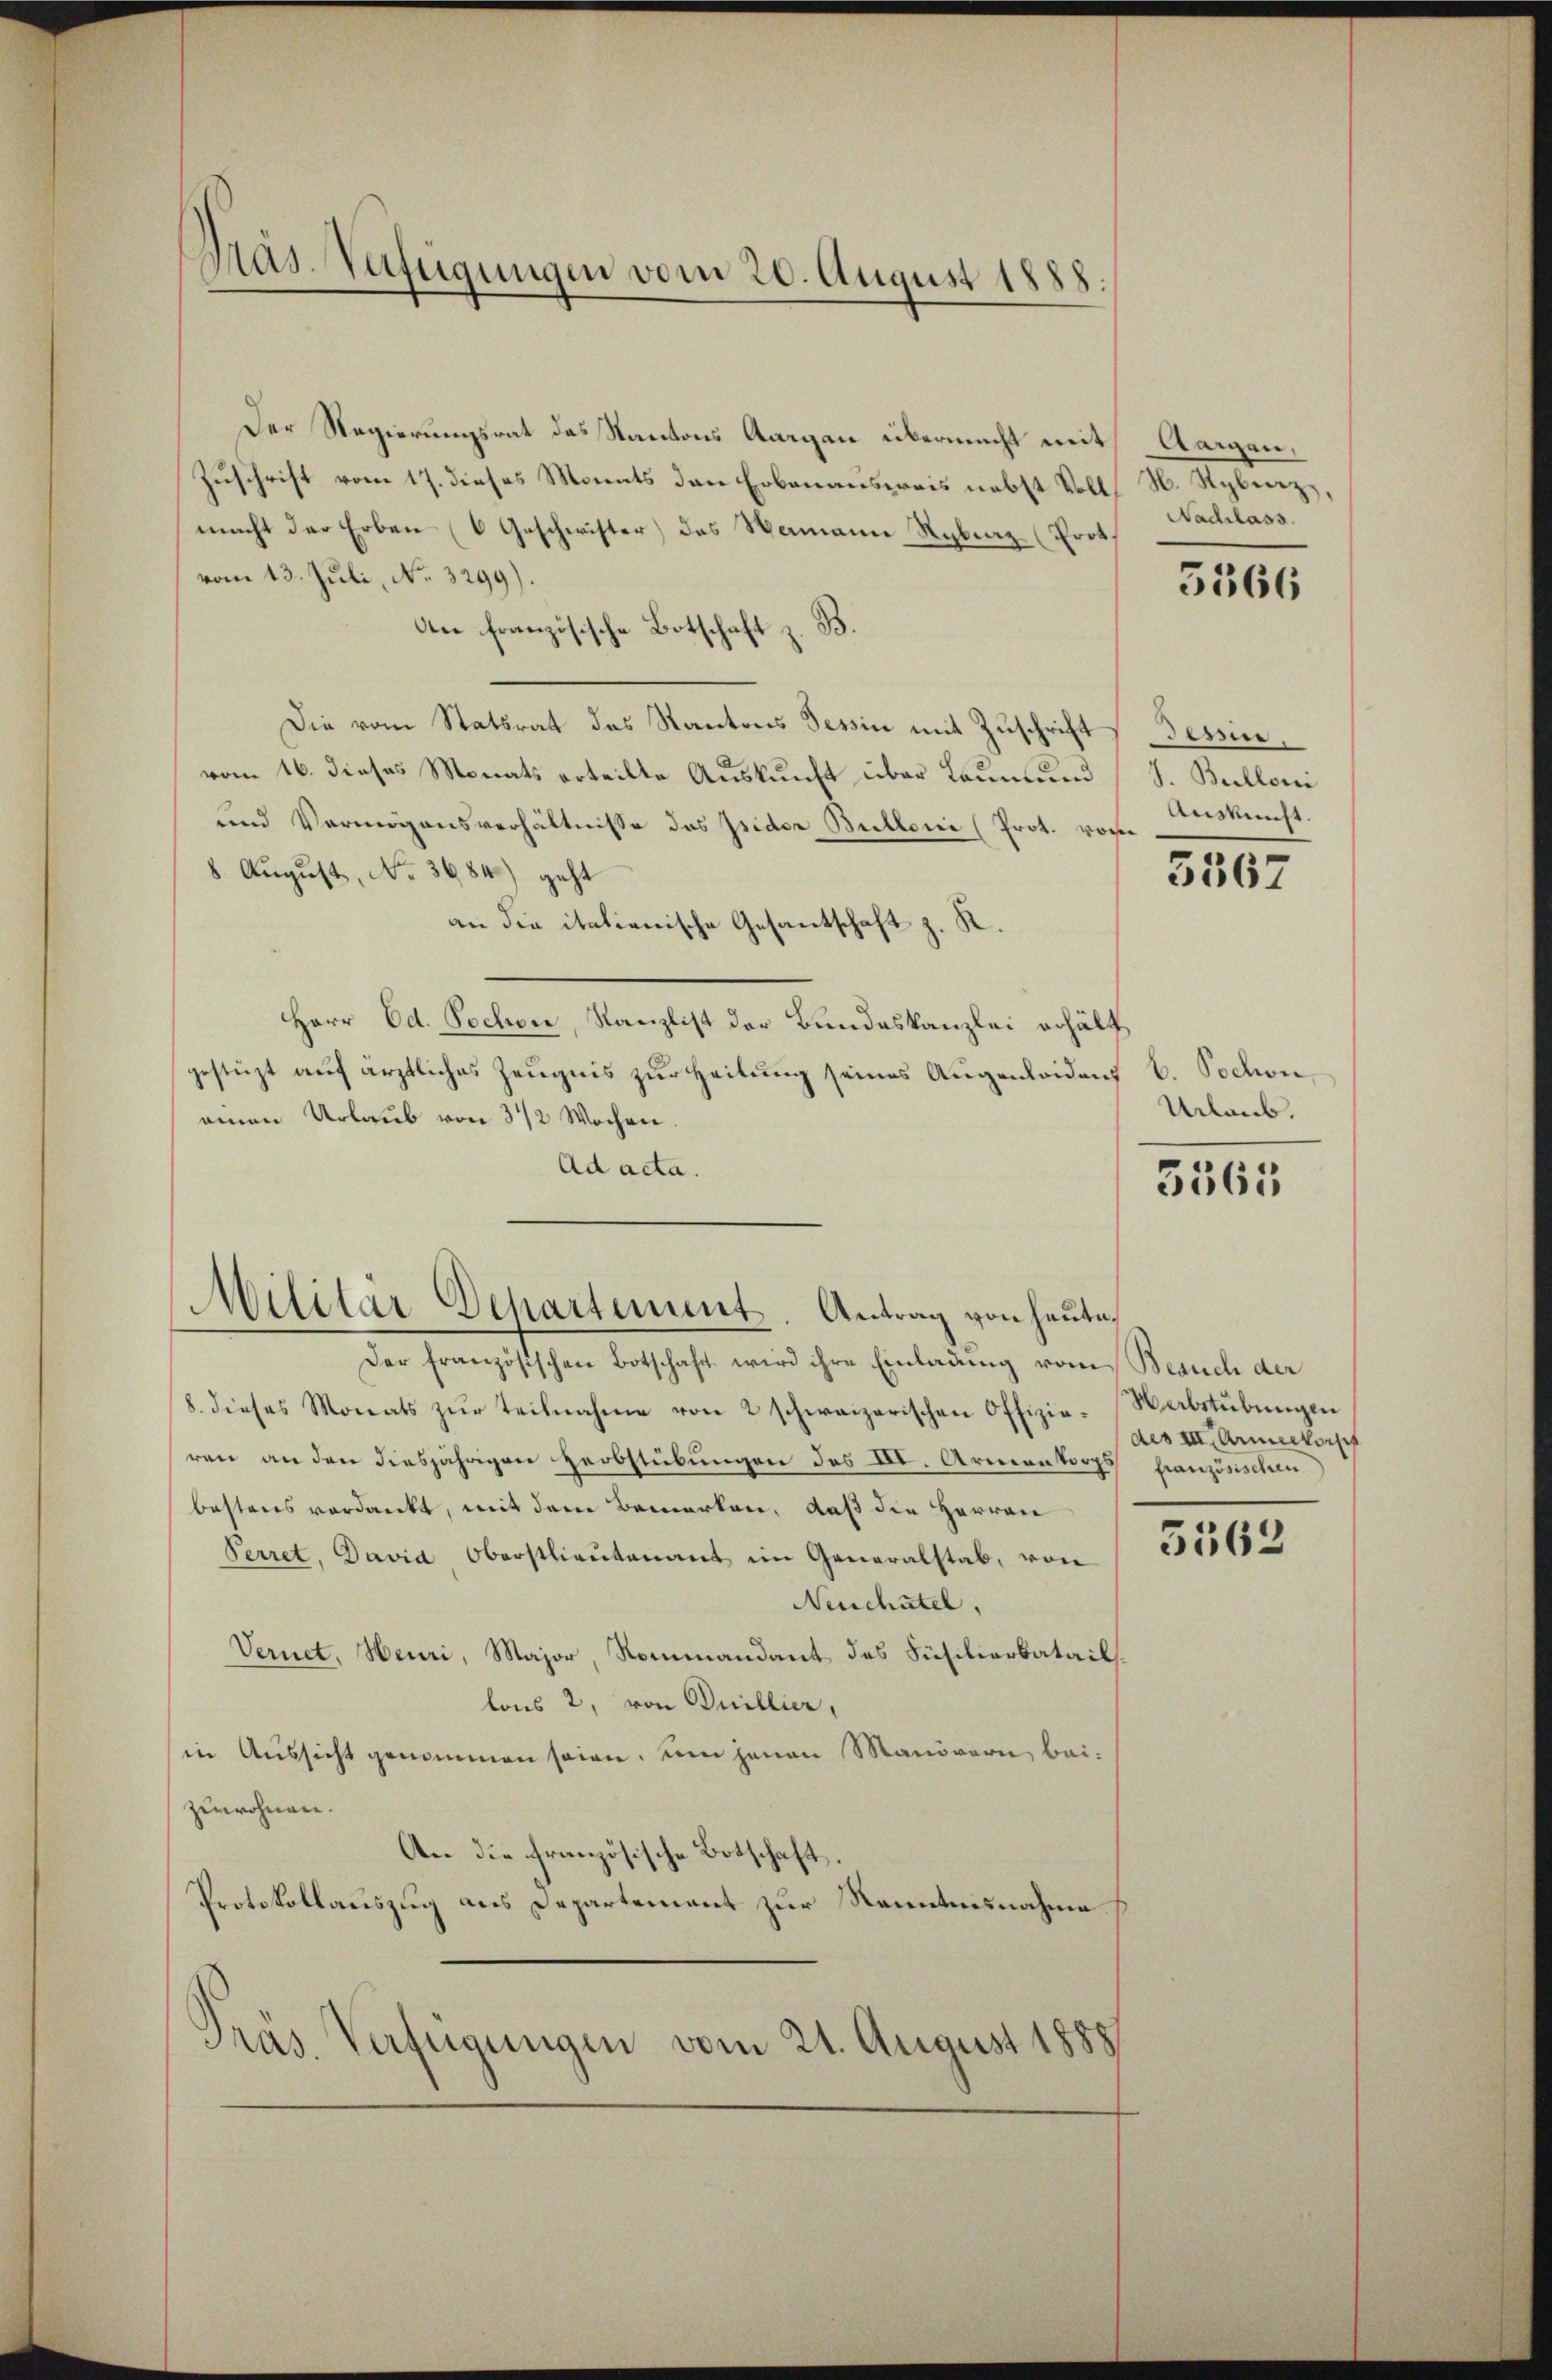
Pas-Verfügungen vom 20. August 1888.

Der Regierungsrat des Kantons Aargau übermacht mit
Zuschrift vom 17. dieses Monats den Erbenausweis nebst Voll N. Sybinz,
macht der Erben (6 Geschwister) des Namann Rybraz (Prot
vom 13. Juli, No. 3299).
An französische Botschaft z. B.
Die vom Statsrat des Kantons Tessin mit Zuschrift
vom 16. dieses Monats erteilte Auskunft über kaum und
und Vermögensverhältnisse des Isider Bullonie (Prot. von
8. August, No. 3684) geht
an die italienische Gesantschaft z. R.
Herr Ed. Pochon, Kanzlist der Bundeskanzlei erhält
gestüzt auf ärztliches Zeugnis zur Heilung seines Augenleidens E. Schon,
einen Urlaub von 3 1/2 Wochen.
Ad acta.

Der französischen Botschaft wird ihre Einladung vom Besuch der
8. dieses Monats zŭr Teilnahme von 2 schweizerischen Offizie-Wabstübungen
ren an den diesjährigen Herbstübungen des III. Armenkorps französischen
bestens verdankt, mit dem Bemerken, daß die Herren
Perret. David Oberstlieutenant im Generalstab, von
Neuchatel,
Vernet, Heuri, Major, Rommandant des Füsilierbatail.
lons 2, von Duillier,
sin Aussicht genommen seien, um jenen Manövern, bei:
zuwohnen.
An die französische Botschaft.
Protokollauszug aus Departement zur Kenntnisnahme
Präs. Verfügungen vom 21. August 1888

Militär Departement. Antrag von heute.

Aaigen,
Nachlass

5366

dessen.
Bulloni
Ansucht.

3567

Urlaub.

3365

des III. Armeekor

5562